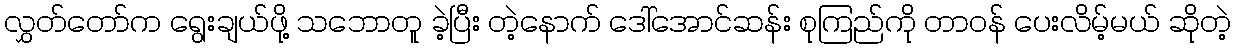
လွှတ်တော်က ရွေးချယ်ဖို့ သဘောတူ ခဲ့ပြီး တဲ့နောက် ဒေါ်အောင်ဆန်း စုကြည်ကို တာဝန် ပေးလိမ့်မယ် ဆိုတဲ့